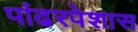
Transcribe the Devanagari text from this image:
पांढरपेशास